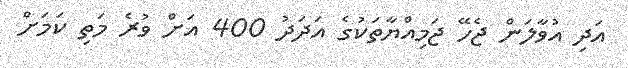
އަދި އުވާލަން ޖެހޭ ޖަމިއްޔާތަކުގެ އަދަދު 400 އަށް ވުރެ މަތި ކަމަށް